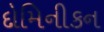
દોમિનીકન